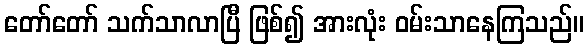
တော်တော် သက်သာလာပြီ ဖြစ်၍ အားလုံး ဝမ်းသာနေကြသည်။